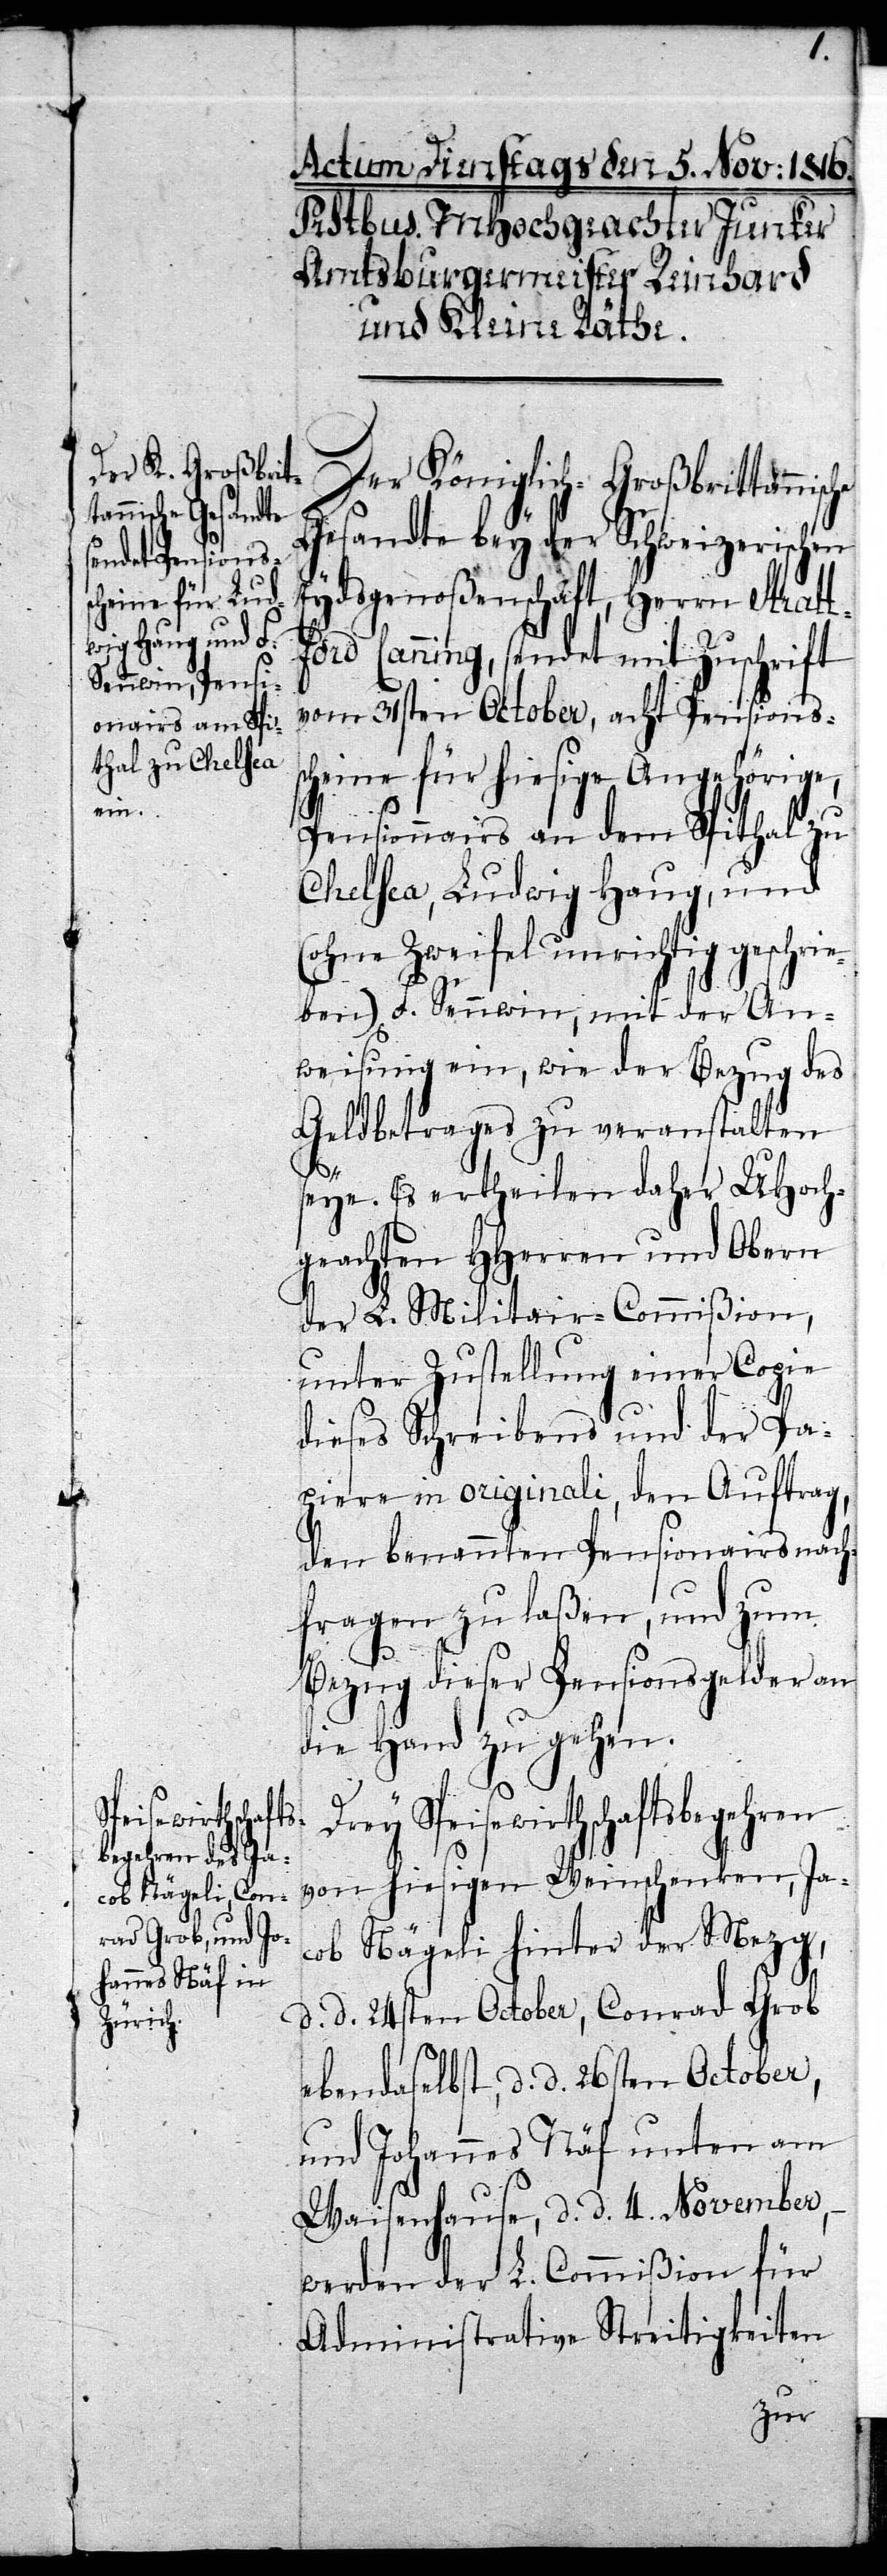
Der Königlich-Großbrittannische
Gesandte bey der Schweizerischen
ydsgenoßenschaft, Herrn Stratt¬
ford Canning, sendet mit Zuschrift
vom 31sten October, acht Pensions¬
scheine für hiesige Angehörige,
Pensionairs an dem Spithal zu
Chelsea, Ludwig Haug, und
(ohne Zweifel unrichtig geschrie¬
ben) F. Sennwin, mit der An¬
weisung ein, wie der Bezug des
Geldbetrages zu veranstalten
seye. Es ertheilen daher UHoch¬
geachten HHerren und Obern
der L. Militair-Commißion,
unter Zustellung einer Copie
dieses Schreibens und der Pa¬
piere in originali, den Auftrag,
den benannten Pensionairs nach¬
fragen zu laßen, und zum
Bezug dieser Pensionsgelder an
die Hand zu gehen.
E¬
Drey Speisewirtschaftsbegehren
von hiesigen Weinschenken, Ja¬
cob Nägeli hinter der Mezg,
d. d. 24sten October, Conrad Grob
ebendaselbst, d. d. 26sten October,
und Johannes Näf unten am
Waisenhause, d. d. 4. November,
werden der L. Commißion für
Administrative Streitigkeiten